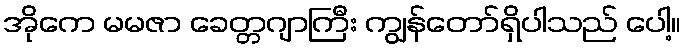
အိုကေ မမဇာ ခေတ္တဂျာကြီး ကျွန်တော်ရှိပါသည် ပေါ့။